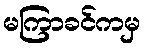
မကြာခင်ကမှ